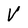
Character: V